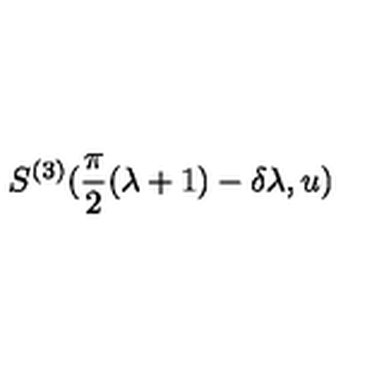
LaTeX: S ^ { ( 3 ) } ( \frac { \pi } { 2 } ( \lambda + 1 ) - \delta \lambda , u )